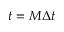
t = M \Delta t